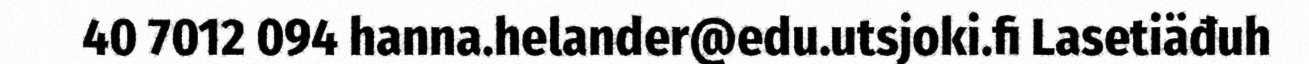
40 7012 094 hanna.helander@edu.utsjoki.fi Lasetiäđuh